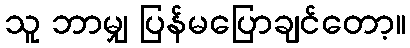
သူ ဘာမျှ ပြန်မပြောချင်တော့။